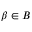
\beta \in B